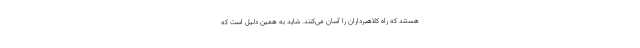
هستند که راه کلاهبرداران را آسان می‌کنند. شاید به همین دلیل است که